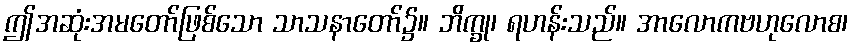
ဤအဆုံးအမတော်ဖြစ်သော သာသနာတော်၌။ ဘိက္ခု၊ ရဟန်းသည်။ အာလောကဗဟုလောစ၊